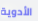
الأدوية